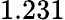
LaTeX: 1.231